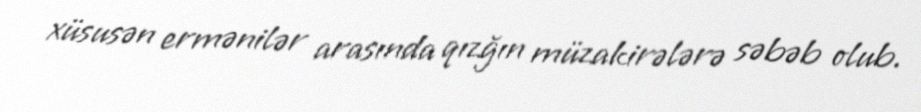
xüsusən ermənilər arasında qızğın müzakirələrə səbəb olub.